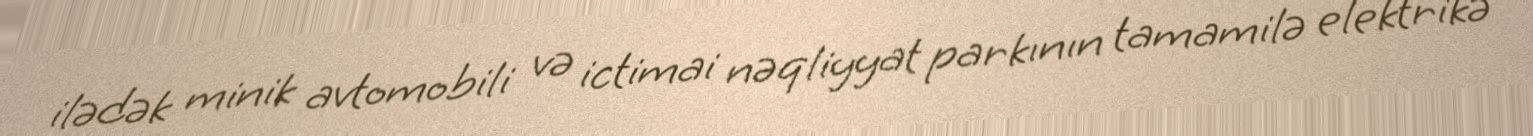
ilədək minik avtomobili və ictimai nəqliyyat parkının tamamilə elektrikə